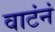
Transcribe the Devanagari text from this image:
वाटंनं